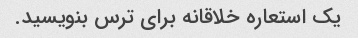
یک استعاره خلاقانه برای ترس بنویسید.